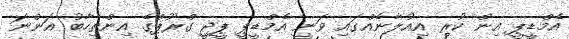
އެމްޑީޕީ އިން ކުރި އިއުލާނެއްގައި ވަނީ އެމްޑީޕީ ޕީޖީ ގްރޫޕްގެ އިންތިހާބު އަންނަ